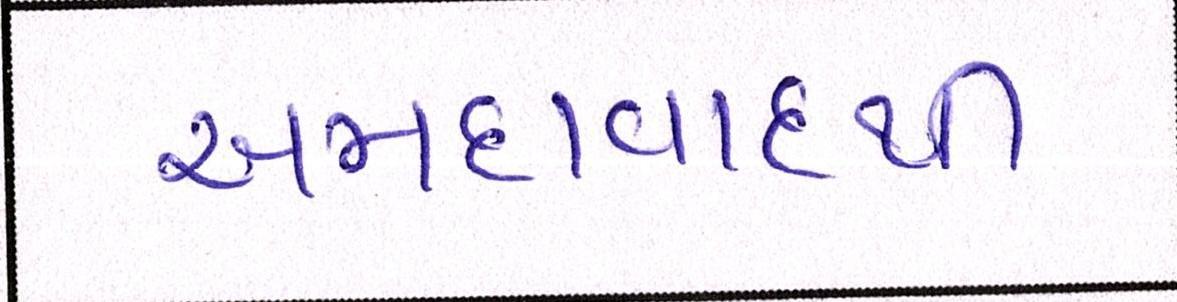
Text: અમદાવાદથી